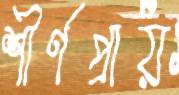
শীর্ণপ্রায়